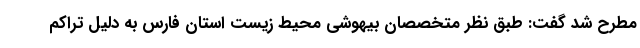
مطرح شد گفت: طبق نظر متخصصان بیهوشی محیط زیست استان فارس به دلیل تراکم